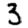
Digit: 3